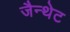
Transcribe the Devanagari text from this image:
जैन्थेट